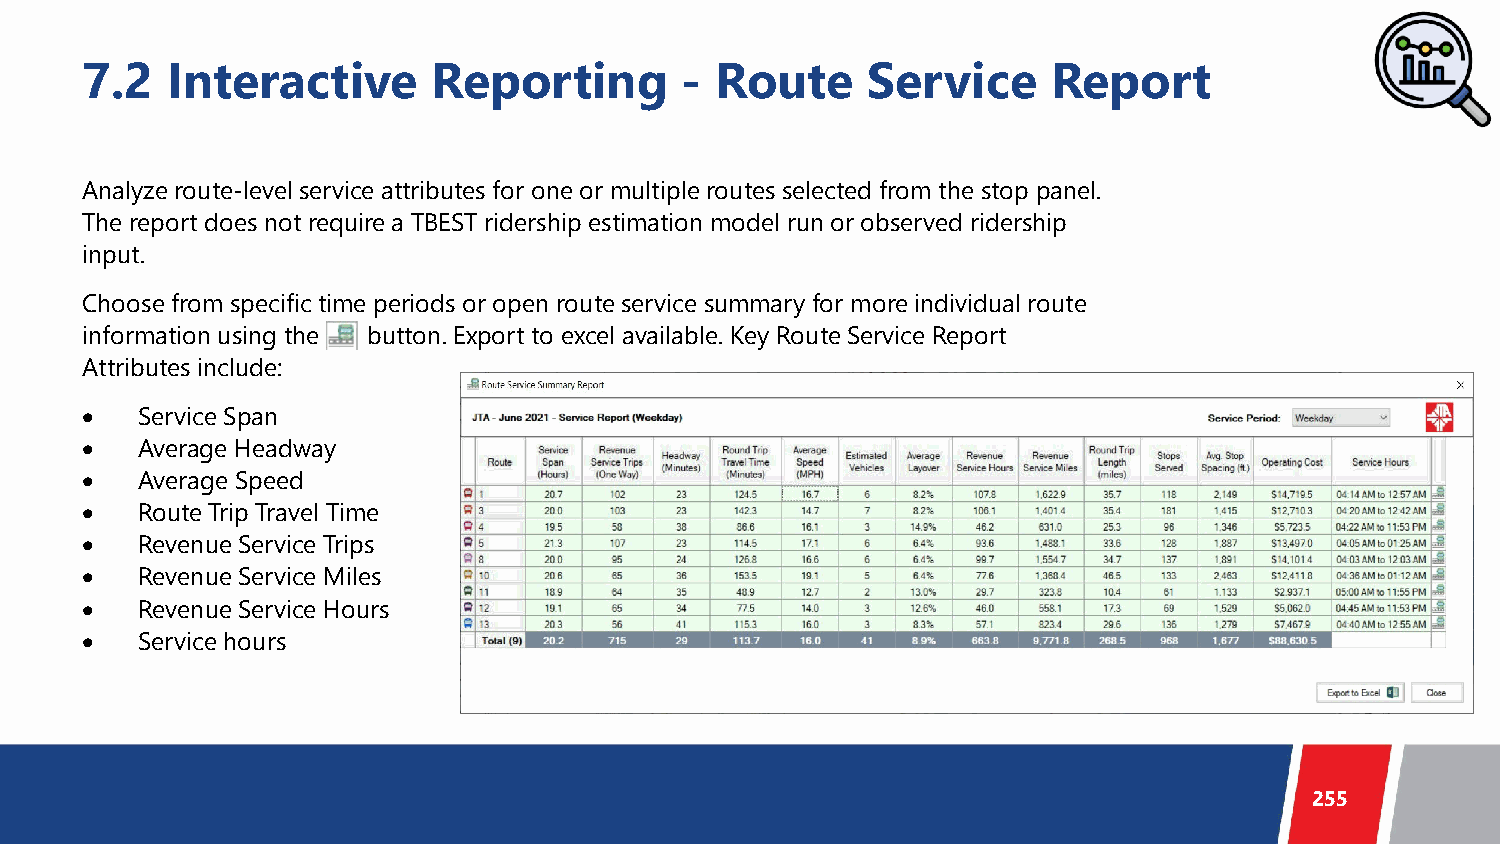
7.2   Interactive       Reporting       - Route     Service      Report
 Analyze route-level service attributes for one or multiple routes selected from the stop panel.
 The report does not require a TBEST ridership estimation model run or observed ridership
 input.
 Choose from specific time periods or open route service summary for more individual route
 information using the button. Export to excel available. Key Route Service Report
 Attributes include:
 •   Service Span
 •   Average Headway
 •   Average Speed
 •   Route Trip Travel Time
 •   Revenue Service Trips
 •   Revenue Service Miles
 •   Revenue Service Hours
 •   Service hours
 255